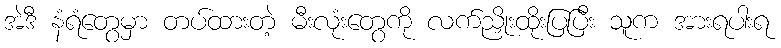
အဲဒီ နံရံတွေမှာ တပ်ထားတဲ့ မီးလုံးတွေကို လက်ညှိုးထိုးပြပြီး သူက အားရပါးရ